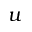
u